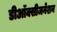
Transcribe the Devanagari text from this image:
डीऑक्सीजनेशन